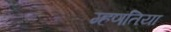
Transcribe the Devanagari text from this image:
म्हणतिया